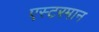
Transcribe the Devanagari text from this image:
एस्टरमान